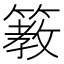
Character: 𥲯